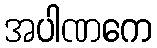
အပါဏကေ